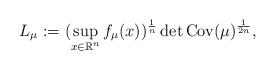
LaTeX: \begin{align*}L_{\mu }:=(\sup_{x\in {\mathbb R}^n} f_{\mu} (x))^{\frac{1}{n}} \det {\rm Cov}(\mu)^{\frac{1}{2n}},\end{align*}